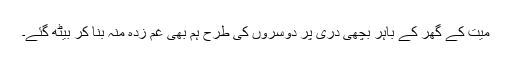
میت کے گھر کے باہر بچھی دری پر دوسروں کی طرح ہم بھی غم زدہ منہ بنا کر بیٹھ گئے۔